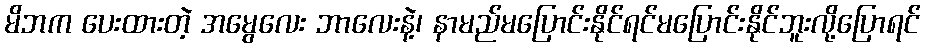
မိဘက ပေးထားတဲ့ အမွေလေး ဘာလေးနဲ့၊ နာမည်မပြောင်းနိုင်ရင်မပြောင်းနိုင်ဘူးလို့ပြောရင်